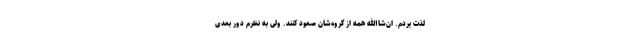
لذت بردم. ان‌شاالله همه از گروه‌شان صعود کنند. ولی به نظرم دور بعدی